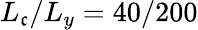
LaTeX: L_{\mathfrak{c}}/L_{y}=40/200